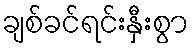
ချစ်ခင်ရင်းနှီးစွာ